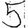
Digit: 5